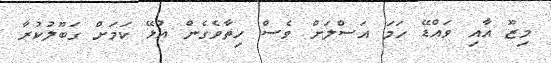
މިޒޫ އާއި ވައްޑޭ ހަމަ އަސްލަށް ވެސް ހިތާވެގެން އުޅޭ ކަމަށް ގަބޫލުކުރާ